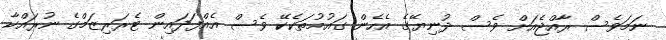
ނަމަވެސް ރާއްޖެއަށް ވެސް ދުނިޔޭގެ އެހެން ގައުމުތަކެކޭ ވެސް އެއްފަދައިން ޓެރަރިޒަމްގެ ނުރައްކާ